Report on the working of the Ranchi Indian Mental Hospital, Kanke, in Bihar and Orissa - 1930-1940
Year: 1930
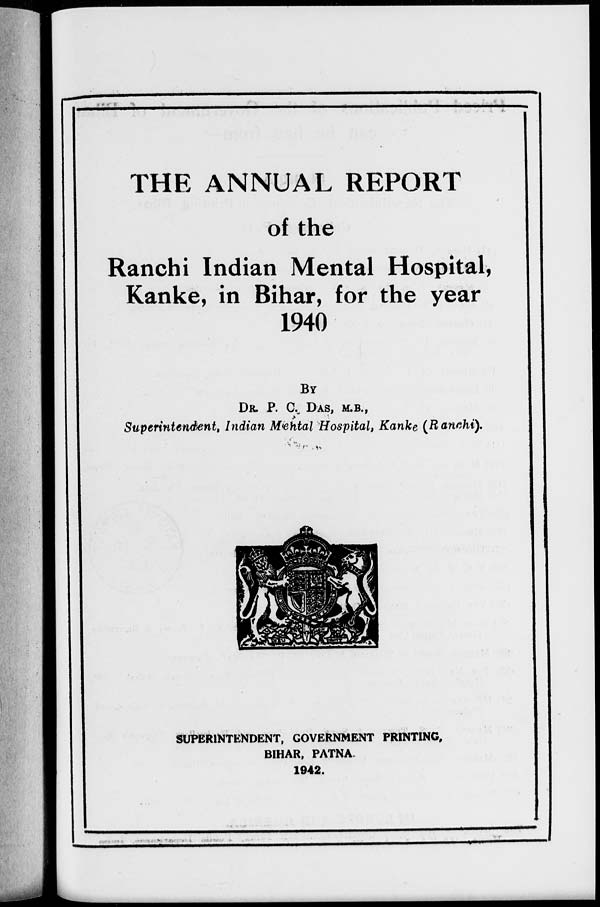
THE ANNUAL REPORT
of the
Ranchi Indian Mental Hospital,
Kanke, in Bihar, for the year
1940
BY
DR. P. C. DAS, M.B.,
Superintendent, Indian Mental Hospital, Kanke (Ranchi).
SUPERINTENDENT, GOVERNMENT PRINTING,
BIHAR, PATNA.
1942.